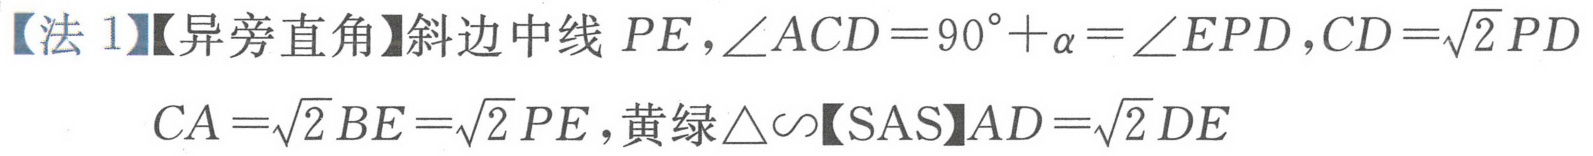
【法1】【异旁直角】斜边中线 \(PE\)，\(\angle ACD = 90^{\circ}+\alpha=\angle EPD\)，\(CD = \sqrt{2}PD\)
\(CA=\sqrt{2}BE=\sqrt{2}PE\)，黄绿\(\triangle\sim\)【SAS】\(AD = \sqrt{2}DE\)